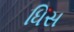
ધિસ